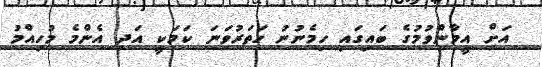
އަށް އީމާންވުމުގެ ބައިގައި ހިމެނުނު ހަތަރުވަނަ ކަމަކީ އަދި އެންމެ މުހިއްމު